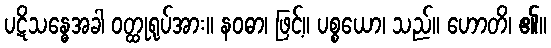
ပဋိသန္ဓေအခါ ဝတ္ထုရုပ်အား။ နဝဓာ၊ ဖြင့်။ ပစ္စယော၊ သည်။ ဟောတိ၊ ၏။